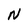
Character: N